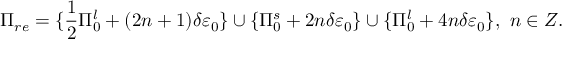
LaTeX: \Pi _ { r e } = \{ \frac { 1 } { 2 } \Pi _ { 0 } ^ { l } + ( 2 n + 1 ) \delta \varepsilon _ { 0 } \} \cup \{ \Pi _ { 0 } ^ { s } + 2 n \delta \varepsilon _ { 0 } \} \cup \{ \Pi _ { 0 } ^ { l } + 4 n \delta \varepsilon _ { 0 } \} , \ n \in Z .